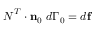
{ \boldsymbol { N } } ^ { T } \cdot \mathbf { n } _ { 0 } ~ d \Gamma _ { 0 } = d \mathbf { f }